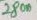
Text: 2800